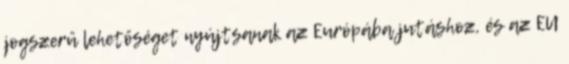
jogszerű lehetőséget nyújtsanak az Európába jutáshoz, és az EU